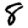
Digit: 8